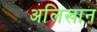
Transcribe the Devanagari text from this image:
अलिखान